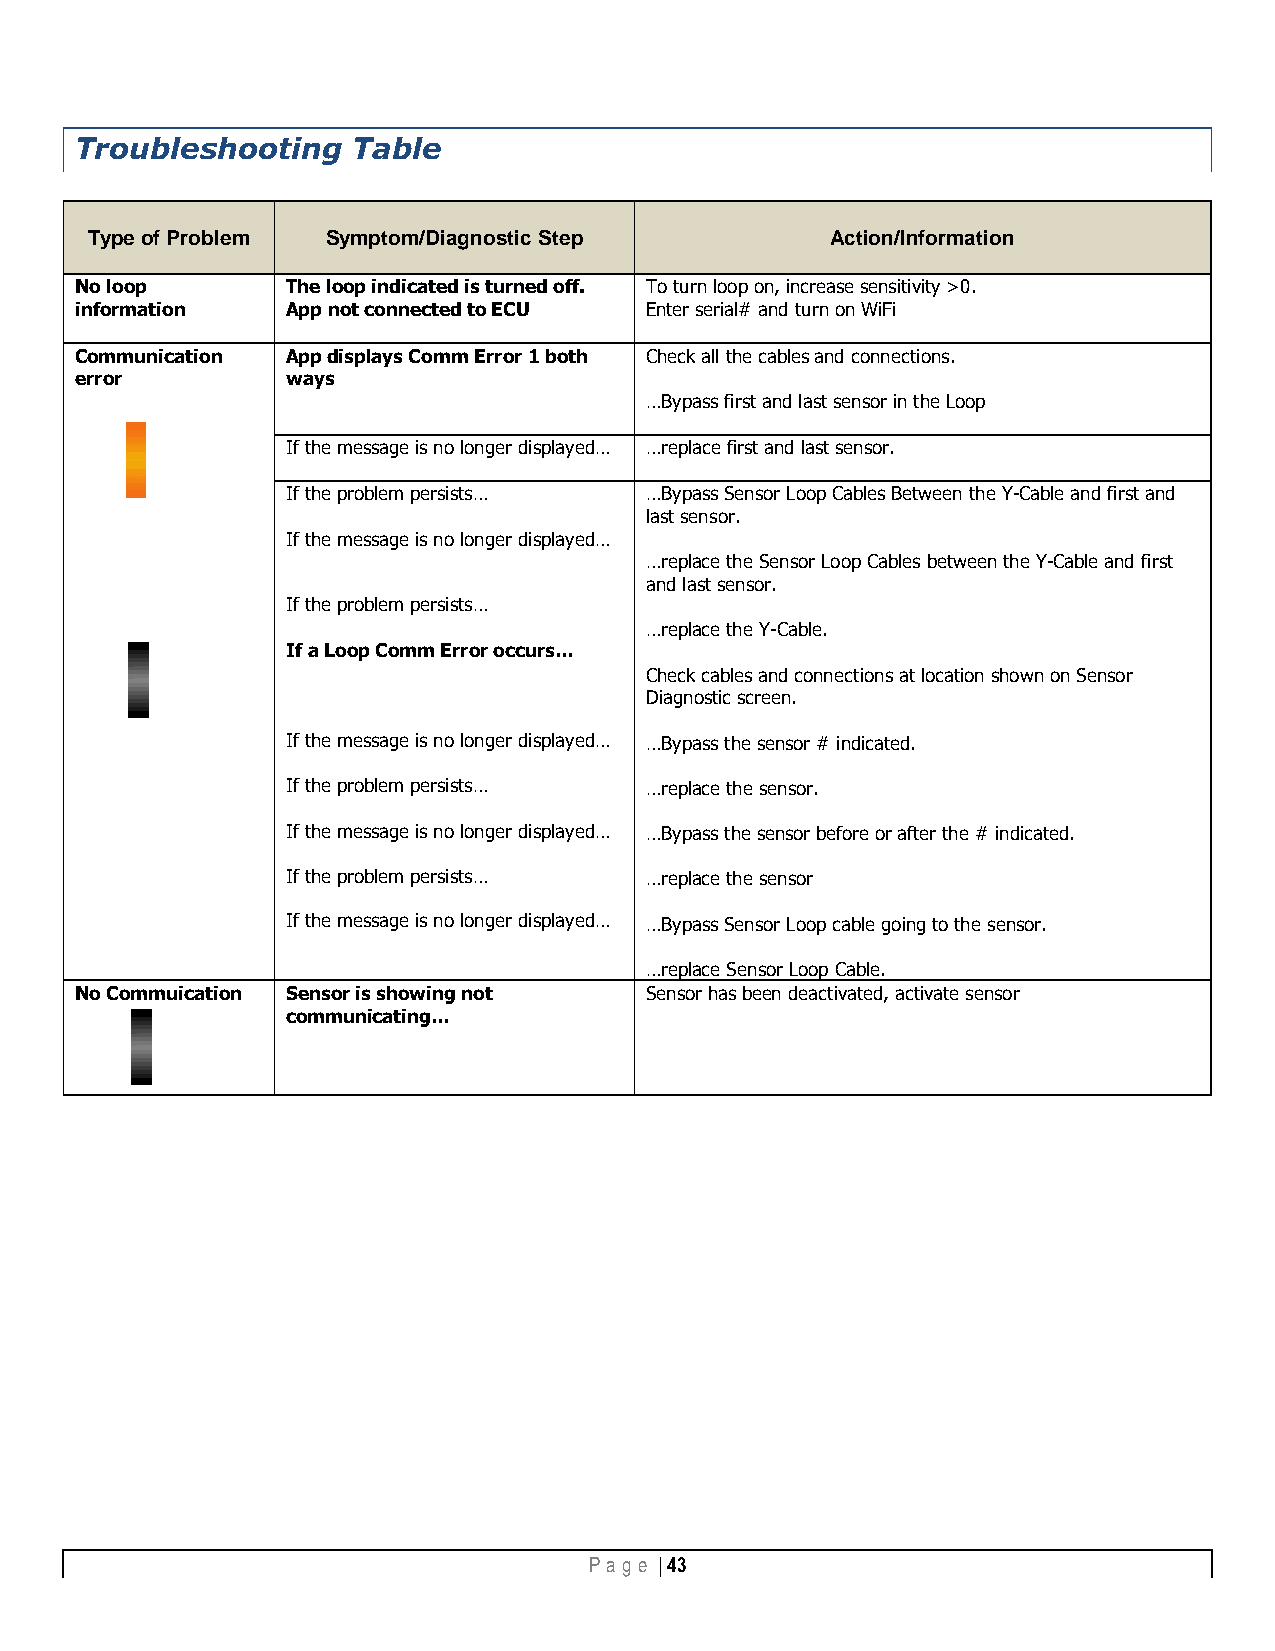
Troubleshooting   Table
 Type of Problem Symptom/Diagnostic Step          Action/Information
 No loop       The loop indicated is turned off. To turn loop on, increase sensitivity >0.
 information   App not connected to ECU Enter serial# and turn on WiFi
 Communication App displays Comm Error 1 both Check all the cables and connections.
 error         ways
 …Bypass first and last sensor in the Loop
 If the message is no longer displayed… …replace first and last sensor.
 If the problem persists… …Bypass Sensor Loop Cables Between the Y-Cable and first and
 last sensor.
 If the message is no longer displayed…
 …replace the Sensor Loop Cables between the Y-Cable and first
 and last sensor.
 If the problem persists…
 …replace the Y-Cable.
 If a Loop Comm Error occurs…
 Check cables and connections at location shown on Sensor
 Diagnostic screen.
 If the message is no longer displayed… …Bypass the sensor # indicated.
 If the problem persists… …replace the sensor.
 If the message is no longer displayed… …Bypass the sensor before or after the # indicated.
 If the problem persists… …replace the sensor
 If the message is no longer displayed… …Bypass Sensor Loop cable going to the sensor.
 …replace Sensor Loop Cable.
 No Commuication Sensor is showing not Sensor has been deactivated, activate sensor
 communicating…
 Pa g e | 43